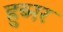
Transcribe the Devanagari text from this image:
हुब्नर